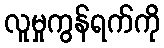
လူမှုကွန်ရက်ကို